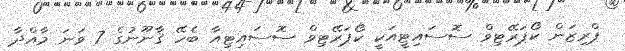
ޕްރިޒަން ކޯޕަރޭޓިވް ސޮސައިޓީއަކީ ކޯޕަރޭޓިވް ސޮސައިޓިއާ ބެހޭ ޤާނޫނުގެ 7 ވަނަ މާއްދާ